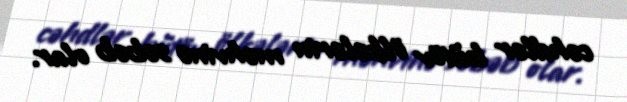
cəhdlər bütöv ölkələrin məhvinə səbəb olar.